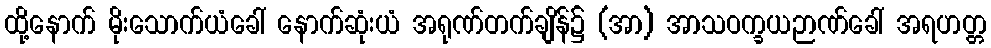
ထို့နောက် မိုးသောက်ယံခေါ် နောက်ဆုံးယံ အရုဏ်တက်ချိန်၌ (အာ) အာသဝက္ခယဉာဏ်ခေါ် အရဟတ္တ